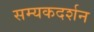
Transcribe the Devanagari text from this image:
सम्यकदर्शन